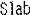
SLAB